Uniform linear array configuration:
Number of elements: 64
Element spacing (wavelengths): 0.5
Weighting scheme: hann
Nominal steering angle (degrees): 30
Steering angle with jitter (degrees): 31.835
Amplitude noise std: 0.05
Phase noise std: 0.05

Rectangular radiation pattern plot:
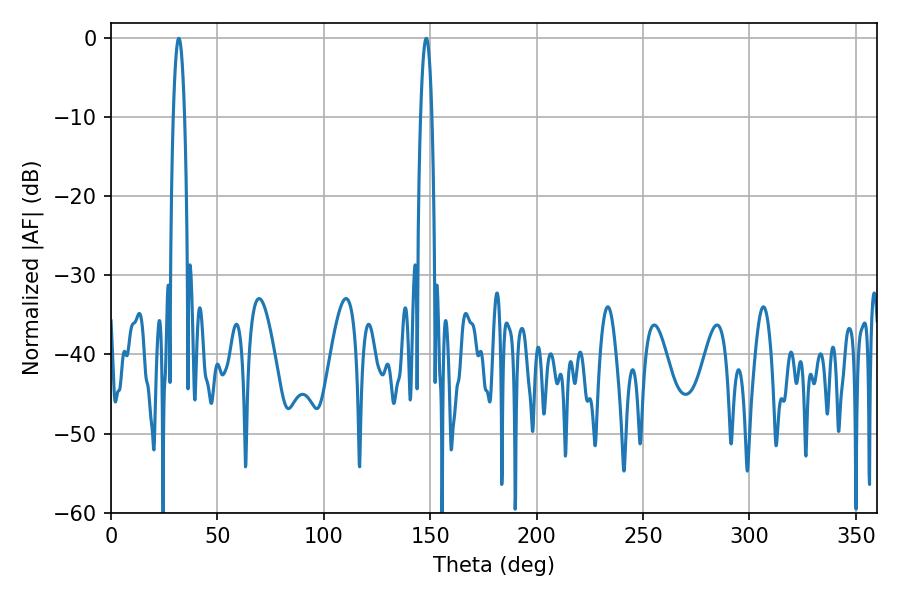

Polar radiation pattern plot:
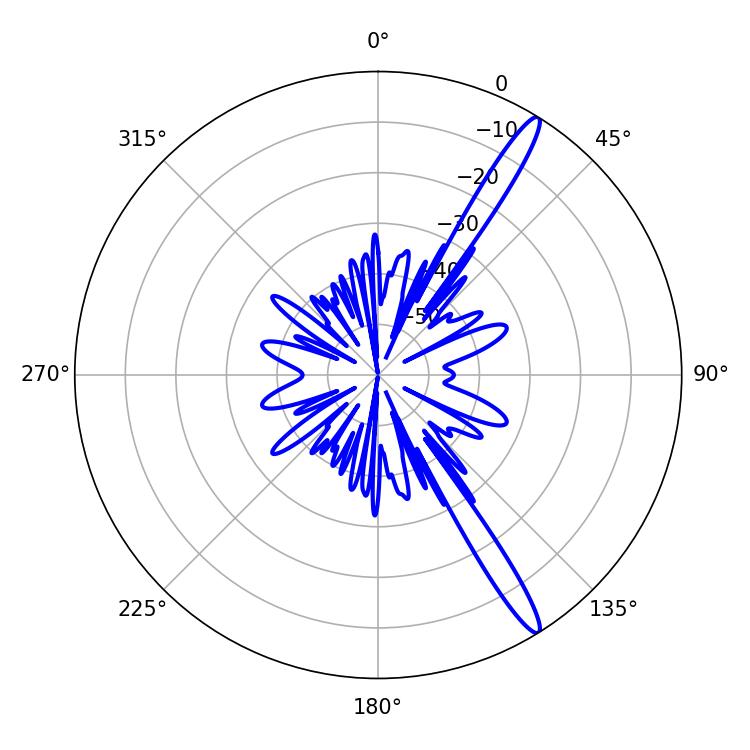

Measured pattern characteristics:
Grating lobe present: FALSE
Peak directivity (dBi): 15.304
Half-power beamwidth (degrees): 2.88
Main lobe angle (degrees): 31.86